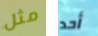
مثل أحد